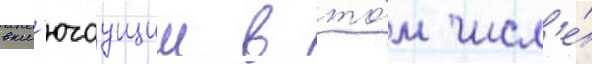
вкл'ючаущии в то́м числ'е́